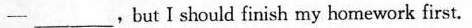
___,but I should finish my homework first.